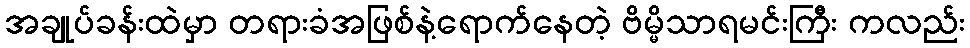
အချုပ်ခန်းထဲမှာ တရားခံအဖြစ်နဲ့ရောက်နေတဲ့ ဗိမ္မိသာရမင်းကြီး ကလည်း